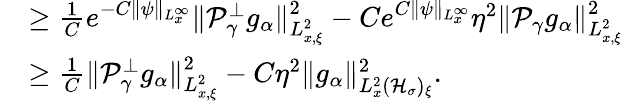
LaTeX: \begin{array}{rl}&{\geq\frac{1}{C}e^{-C\| \psi\| _{L_{x}^{\infty}}}\| \mathcal P_{\gamma}^{\perp}g_{\alpha}\| _{L_{x,\xi}^{2}}^{2}-Ce^{C\| \psi\| _{L_{x}^{\infty}}}\eta^{2}\| \mathcal P_{\gamma}g_{\alpha}\| _{L_{x,\xi}^{2}}^{2}}\\ &{\geq\frac{1}{C}\| \mathcal P_{\gamma}^{\perp}g_{\alpha}\| _{L_{x,\xi}^{2}}^{2}-C\eta^{2}\| g_{\alpha}\| _{L_{x}^{2}(\mathcal H_{\sigma})_{\xi}}^{2}.}\end{array}